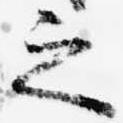
之